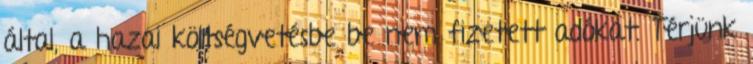
által, a hazai költségvetésbe be nem fizetett adókat. Térjünk